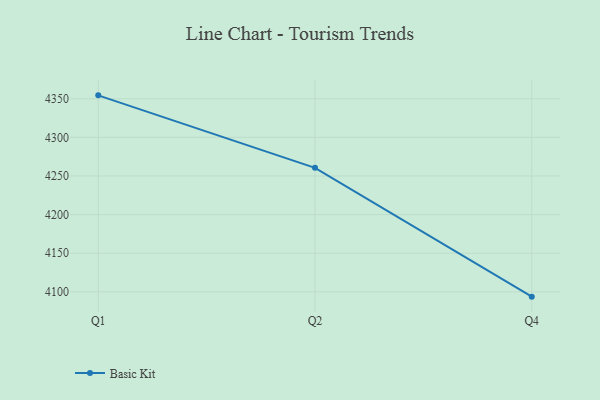
{"axis": {"x": "Quarter", "y": "Gross Profit (USD K)"}, "legend": ["Basic Kit"], "data": [{"x": "Q1", "y": 4354.4, "type": "Basic Kit"}, {"x": "Q2", "y": 4260.6, "type": "Basic Kit"}, {"x": "Q4", "y": 4093.8, "type": "Basic Kit"}]}